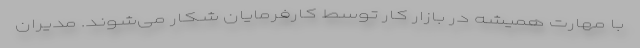
با مهارت همیشه در بازار کار توسط کارفرمایان شکار می‌شوند. مدیران